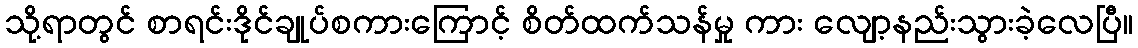
သို့ရာတွင် စာရင်းဒိုင်ချုပ်စကားကြောင့် စိတ်ထက်သန်မှု ကား လျော့နည်းသွားခဲ့လေပြီ။